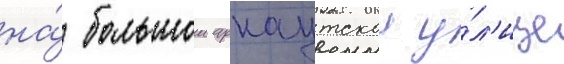
на́ большои арнаутскои у́л'ице